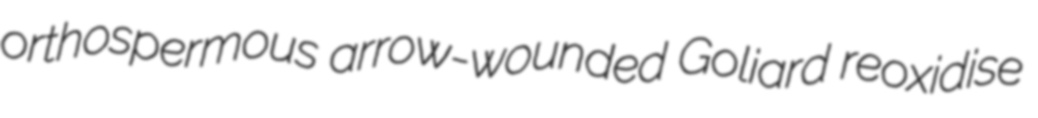
orthospermous arrow-wounded Goliard reoxidise